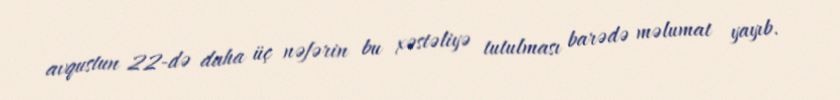
avqustun 22-də daha üç nəfərin bu xəstəliyə tutulması barədə məlumat yayıb.